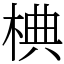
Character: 椣